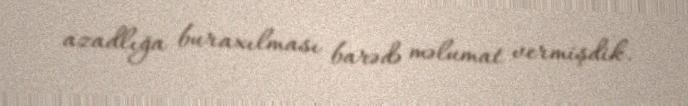
azadlığa buraxılması barədə məlumat vermişdik.